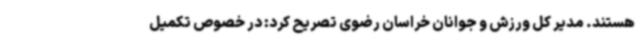
هستند. مدیر کل ورزش و جوانان خراسان رضوی تصریح کرد: در خصوص تکمیل